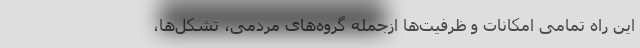
این راه تمامی امکانات و ظرفیت‌ها ازجمله گروه‌های مردمی، تشکل‌ها،